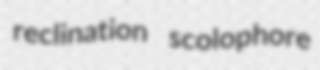
reclination scolophore